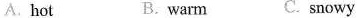
A. hot B. warm C. snowy